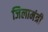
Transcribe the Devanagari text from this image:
जिलामंत्री